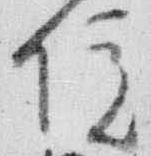
院